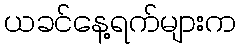
ယခင်နေ့ရက်များက